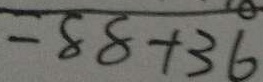
= 8 8 + 3 6